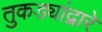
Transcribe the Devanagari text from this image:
तुकड्यांद्वारे